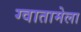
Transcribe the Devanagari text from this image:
ग्वातामेला